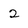
Character: 2